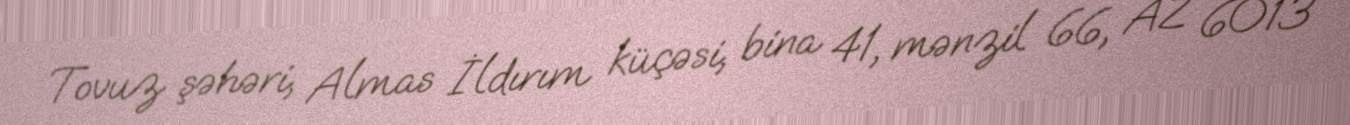
Tovuz şəhəri, Almas İldırım küçəsi, bina 41, mənzil 66, AZ 6013